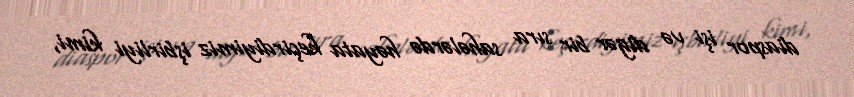
diaspor işi və digər bir sıra sahələrdə həyata keçirdiyimiz işbirliyi kimi,